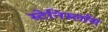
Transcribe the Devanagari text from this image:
स्टेनिस्लॉस